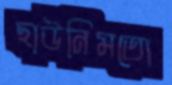
ছাউনিমতো